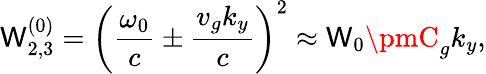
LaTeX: \mathsf{W}_{2,3}^{(0)}=\left(\frac{{\omega_{0}}}{{c}}\pm\frac{{v_{g}k_{y}}}{{c}}\right)^{2}\approx\mathsf{W}_{0}\pmC_{g}k_{y},